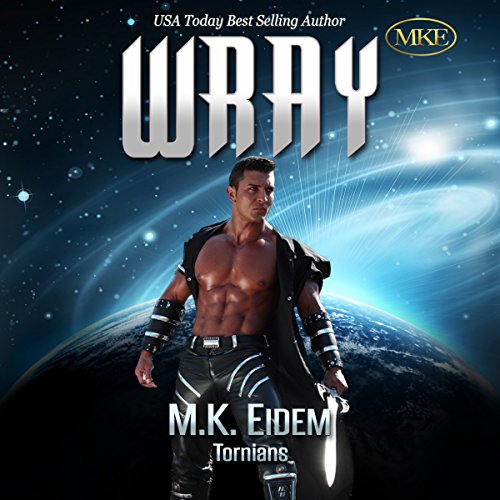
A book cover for Wray: Tornians, Book 2;  M.K. Eidem; Romance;